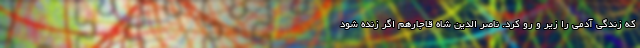
که زندگی آدمی را زیر و رو کرد. ناصر الدین شاه قاجارهم اگر زنده شود